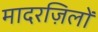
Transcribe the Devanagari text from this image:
मादरज़िलों